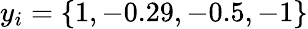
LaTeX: y_{i}=\{ 1,-0.29,-0.5,-1\}